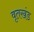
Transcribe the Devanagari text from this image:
वृतखंड